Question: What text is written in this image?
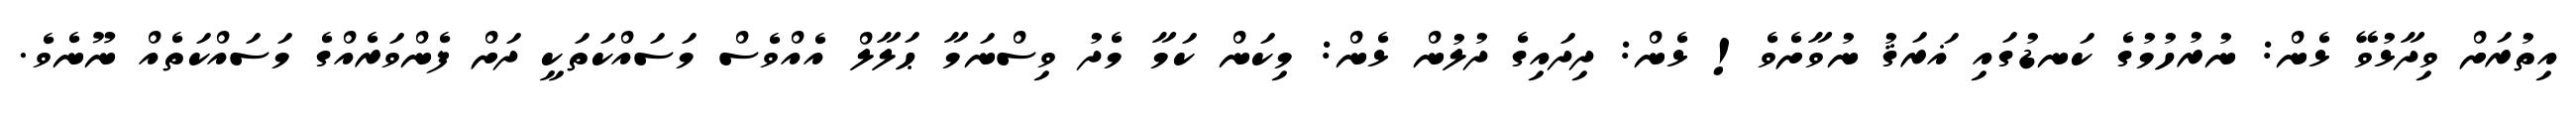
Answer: އިތުރަށް ވިދާޅުވޭ ޅެން: ނުރުހުމުގެ ކަނޑުގައި ޣަރަޤު ނުވާށެވެ! ޅެން: ދިދައިގެ ދުލުން ޅެން: މިކަން ކަމާ މެދު ވިސްނަމާ ޙަލާލް އެއްވެސް މަސައްކަތަކީ ދަށް ފެންވަރެއްގެ މަސައްކަތެއް ނޫނެވެ.